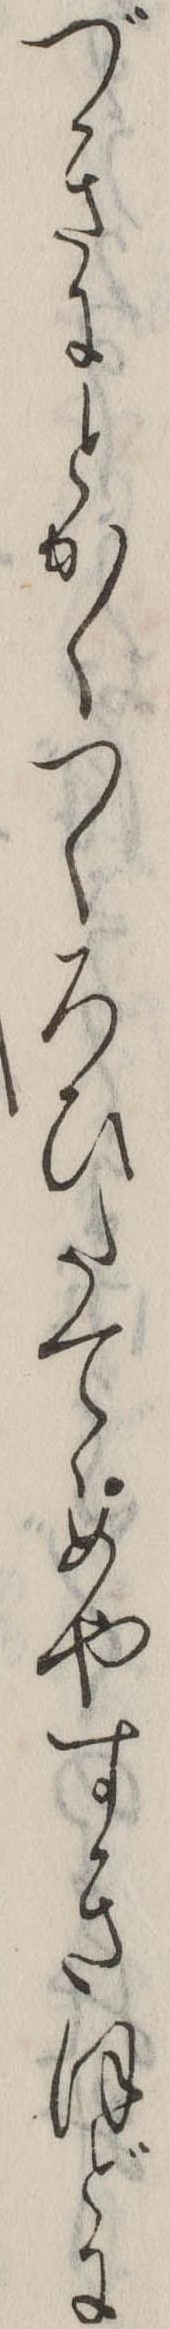
づきにとかくつくろひたてゝめやすきほどに